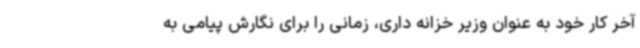
آخر کار خود به عنوان وزیر خزانه داری، زمانی را برای نگارش پیامی به